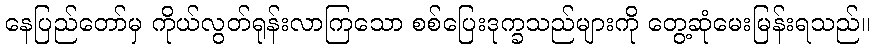
နေပြည်တော်မှ ကိုယ်လွတ်ရုန်းလာကြသော စစ်ပြေးဒုက္ခသည်များကို တွေ့ဆုံမေးမြန်းရသည်။